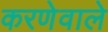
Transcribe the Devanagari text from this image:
करणेवाले